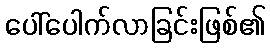
ပေါ်ပေါက်လာခြင်းဖြစ်၏